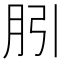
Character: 䏖